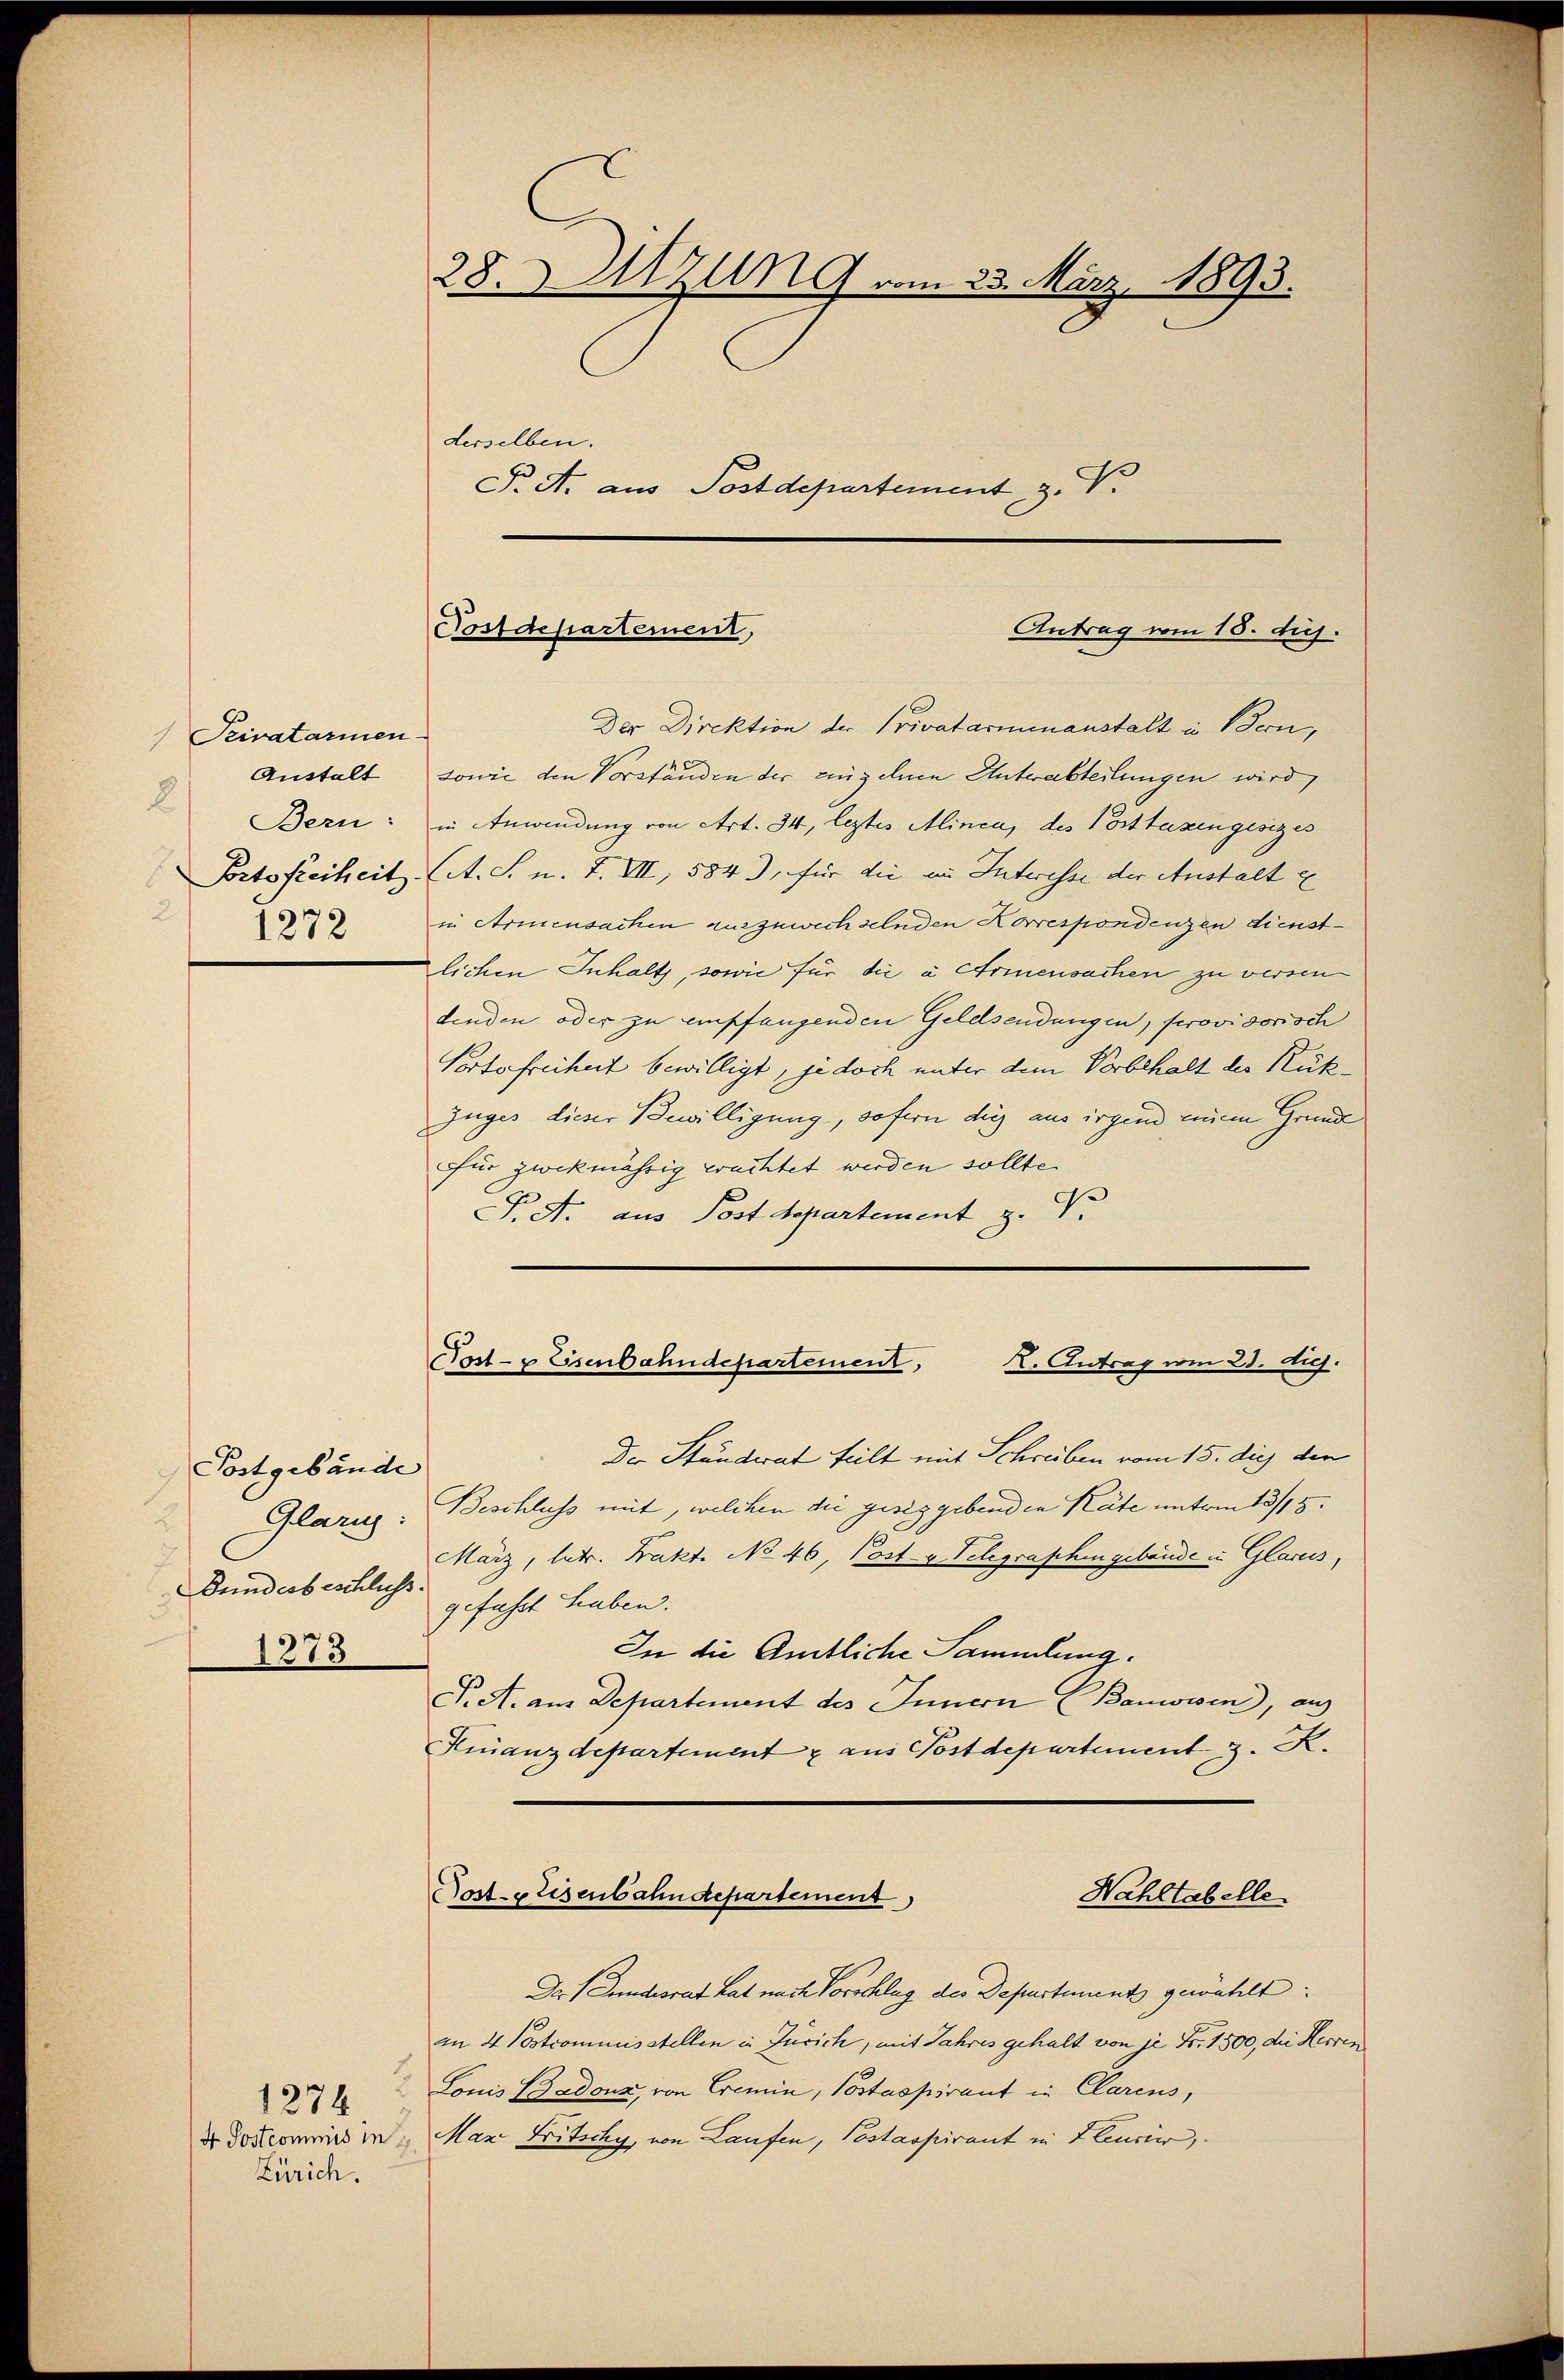
Privatarinen
Anstalt
8
2
1272

Postgebäude
Glarus:
1273

Zürich.

1274

28. Sitzung vom 23. März 1893.
derselben.
P. A. aus Postdepartement z. V.

Der Direktion der Privatarmenanstalt in Bern,
sowie den Vorständen der einzelnen Unterabteilungen wird,
Bern: in Anwendung von Art. 34, leztes Alinea, des Posttazingesizes
Fortsfreiheit. A. S. n. F. VII, 584, für die im Interesse der Anstalt z
in Armensachen auszuwechselnden Korrespondenzen dienstlichen Inhalts, sowie für die à Armensachen zu versen
denden oder zu empfangenden Geldsendungen, provisorisch
Portofreiheit bewilligt, jedoch unter dem Vorbehalt des Rük¬
Zuges dieser Bewilligung, sofern dies aus irgen einem Grund
Für zwekmässig erachtet werden sollte.
D A. aus Post Separtement z. T.

Antrag vom 18. d.
Postdepartement,

Post- & Eisenbahndepartement,
K. Antrag vom 23. diej.

Der Ständerat teilt mit Schreiben vom 15. dies den
Beschluss mit, welchen die geseggebenden Käte unterm 13/15.
März, betr. Prakte No 46, Post v. Telegrashingebäude in Glarus,
Dunderbeschlichs gefahrt haben.
In die Amtliche Sammlung.
F. A. aus Departement des Innern (Banwesen), au
Finanzdepartement & aus Postdepartement, 3. K.
Poste Eisenbahndepartement
Wahltabelle
Der Hundesrat hat nach Vorschlag der Departements gewählt:
an 4 Postcommisstellen in Zürich, mit Jahres gehalt von je Fr. 1500, die Herren
Louis Badouz, von Cremin, Postaspirant in Clarens,
d Postcommis in Man Fritschy, von Laufen, Postaspirant in Eleusier,